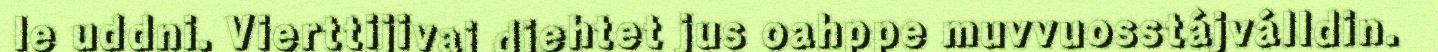
le uddni. Vierttijivaj diehtet jus oahppe muvvuosstájválldin.